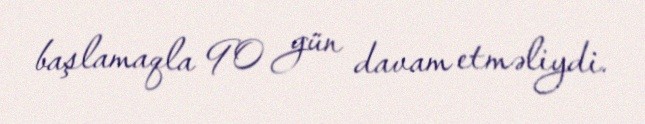
başlamaqla 90 gün davam etməliydi.